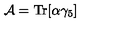
{ \cal A } = \mathrm { T r } [ \alpha \gamma _ { 5 } ]